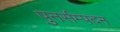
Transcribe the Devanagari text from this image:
पुनर्सम्पदन